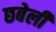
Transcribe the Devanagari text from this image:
छबेली